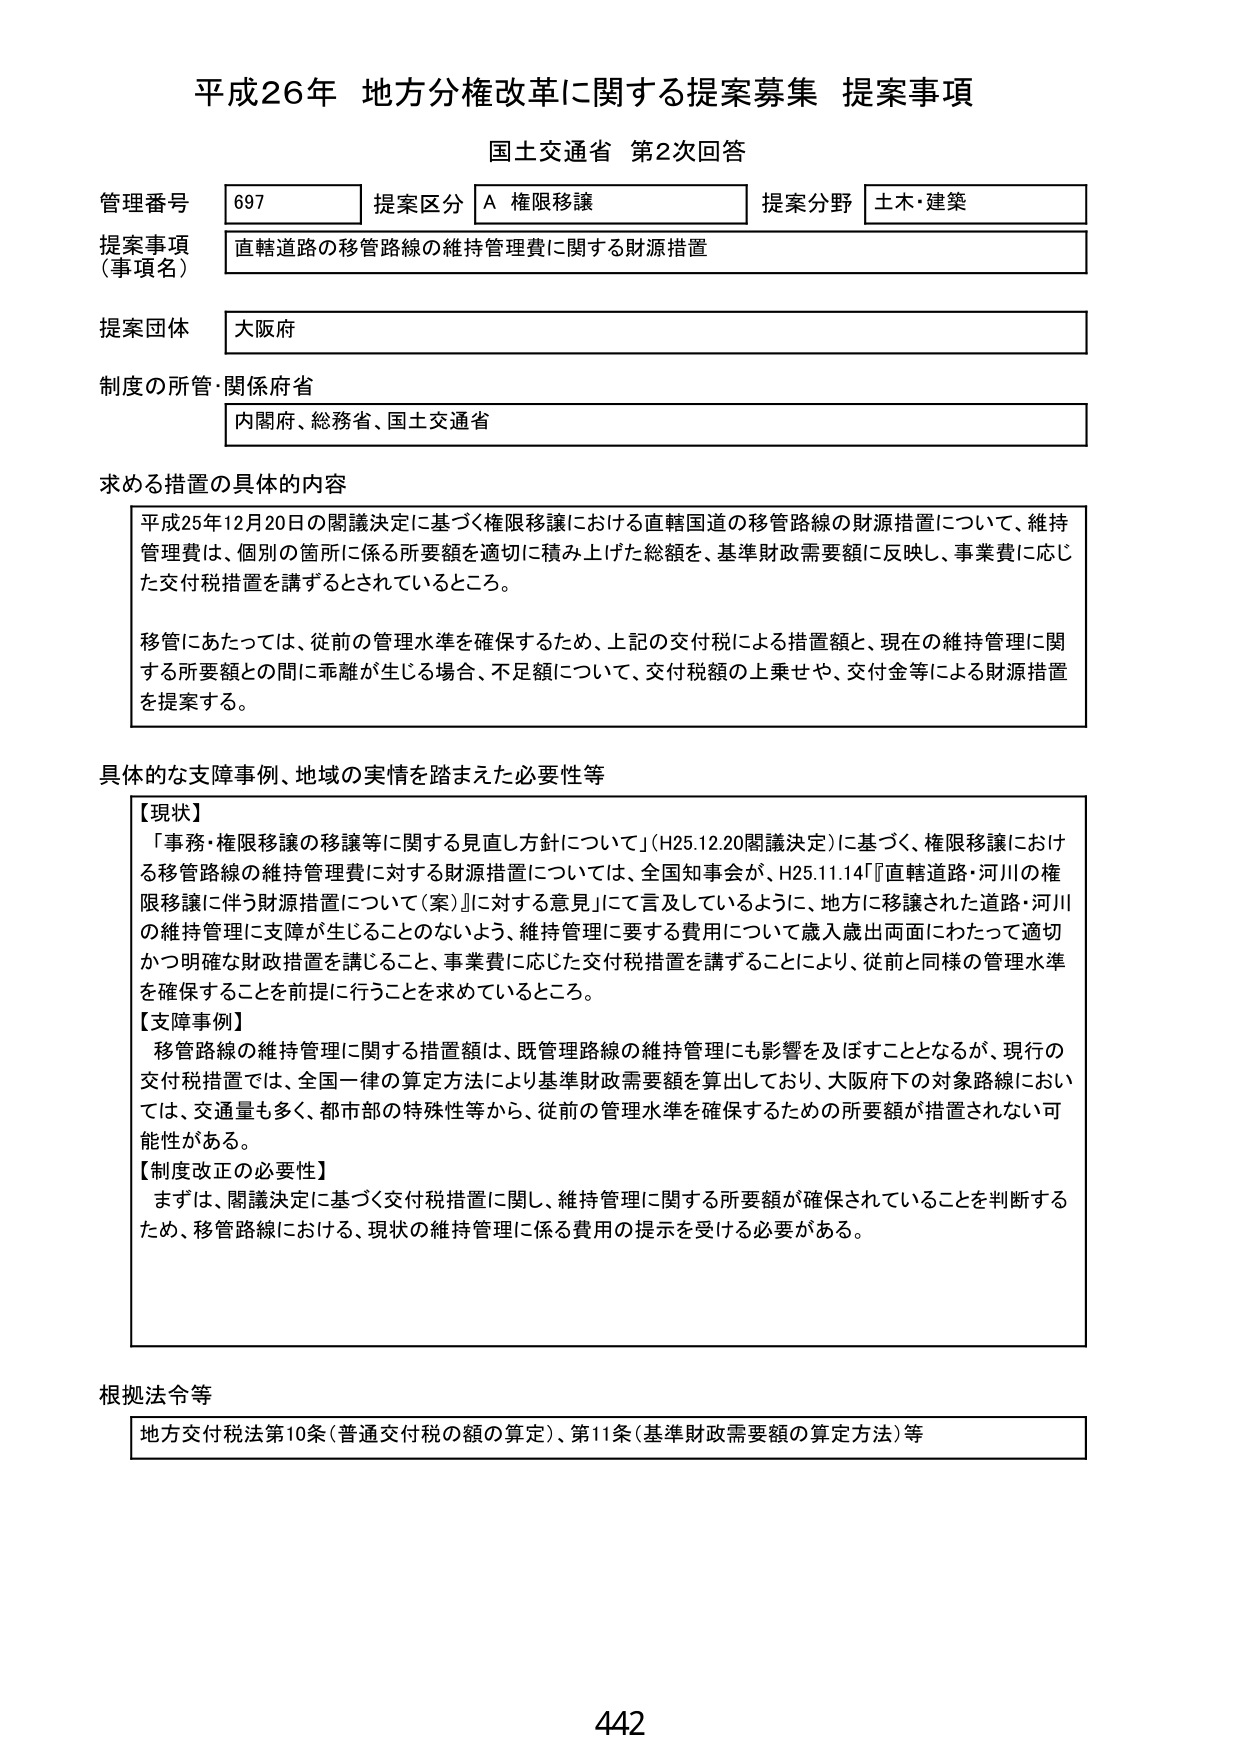
平成26年 地方分権改革に関する提案募集 提案事項
国土交通省 第2次回答

管理番号 697
提案区分 A 権限移譲
提案分野 土木・建築

提案事項（事項名）
直轄道路の移管路線の維持管理費に関する財源措置

提案団体
大阪府

制度の所管・関係府省
内閣府、総務省、国土交通省

求める措置の具体的内容
平成25年12月20日の閣議決定に基づく権限移譲における直轄国道の移管路線の財源措置について、維持管理費は、個別の箇所に係る所要額を適切に積み上げた総額を、基準財政需要額に反映し、事業費に応じた交付税措置を講ずるとされているところ。
移管にあたっては、従前の管理水準を確保するため、上記の交付税による措置額と、現在の維持管理に関する所要額との間に乖離が生じる場合、不足額について、交付税額の上乗せや、交付金等による財源措置を提案する。

具体的な支障事例、地域の実情を踏まえた必要性等
【現状】
「事務・権限移譲の移譲等に関する見直し方針について」（H25.12.20閣議決定）に基づく、権限移譲における移管路線の維持管理費に対する財源措置については、全国知事会が、H25.11.14『直轄道路・河川の権限移譲に伴う財源措置について（案）』に対する意見」にて言及しているように、地方に移譲された道路・河川の維持管理に支障が生じることのないよう、維持管理に要する費用について歳入歳出両面にわたって適切かつ明確な財政措置を講じること、事業費に応じた交付税措置を講ずることにより、従前と同様の管理水準を確保することを前提に行うことを求めているところ。
【支障事例】
移管路線の維持管理に関する措置額は、既管理路線の維持管理にも影響を及ぼすこととなるが、現行の交付税措置では、全国一律の算定方法により基準財政需要額を算出しており、大阪府下の対象路線においては、交通量も多く、都市部の特殊性等から、従前の管理水準を確保するための所要額が措置されない可能性がある。
【制度改正の必要性】
まずは、閣議決定に基づく交付税措置に関し、維持管理に関する所要額が確保されていることを判断するため、移管路線における、現状の維持管理に係る費用の提示を受ける必要がある。

根拠法令等
地方交付税法第10条（普通交付税の額の算定）、第11条（基準財政需要額の算定方法）等

442